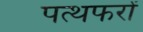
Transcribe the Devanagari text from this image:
पत्थफरों